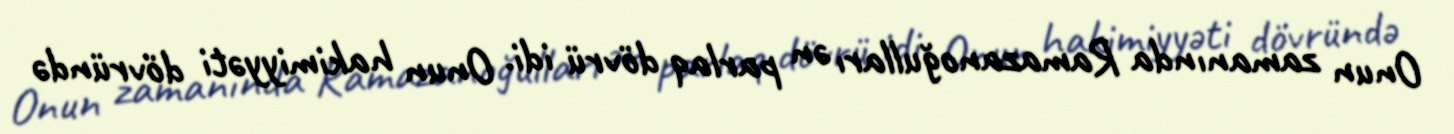
Onun zamanında Ramazanoğulları ən parlaq dövrü idi. Onun hakimiyyəti dövründə